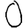
Digit: 0